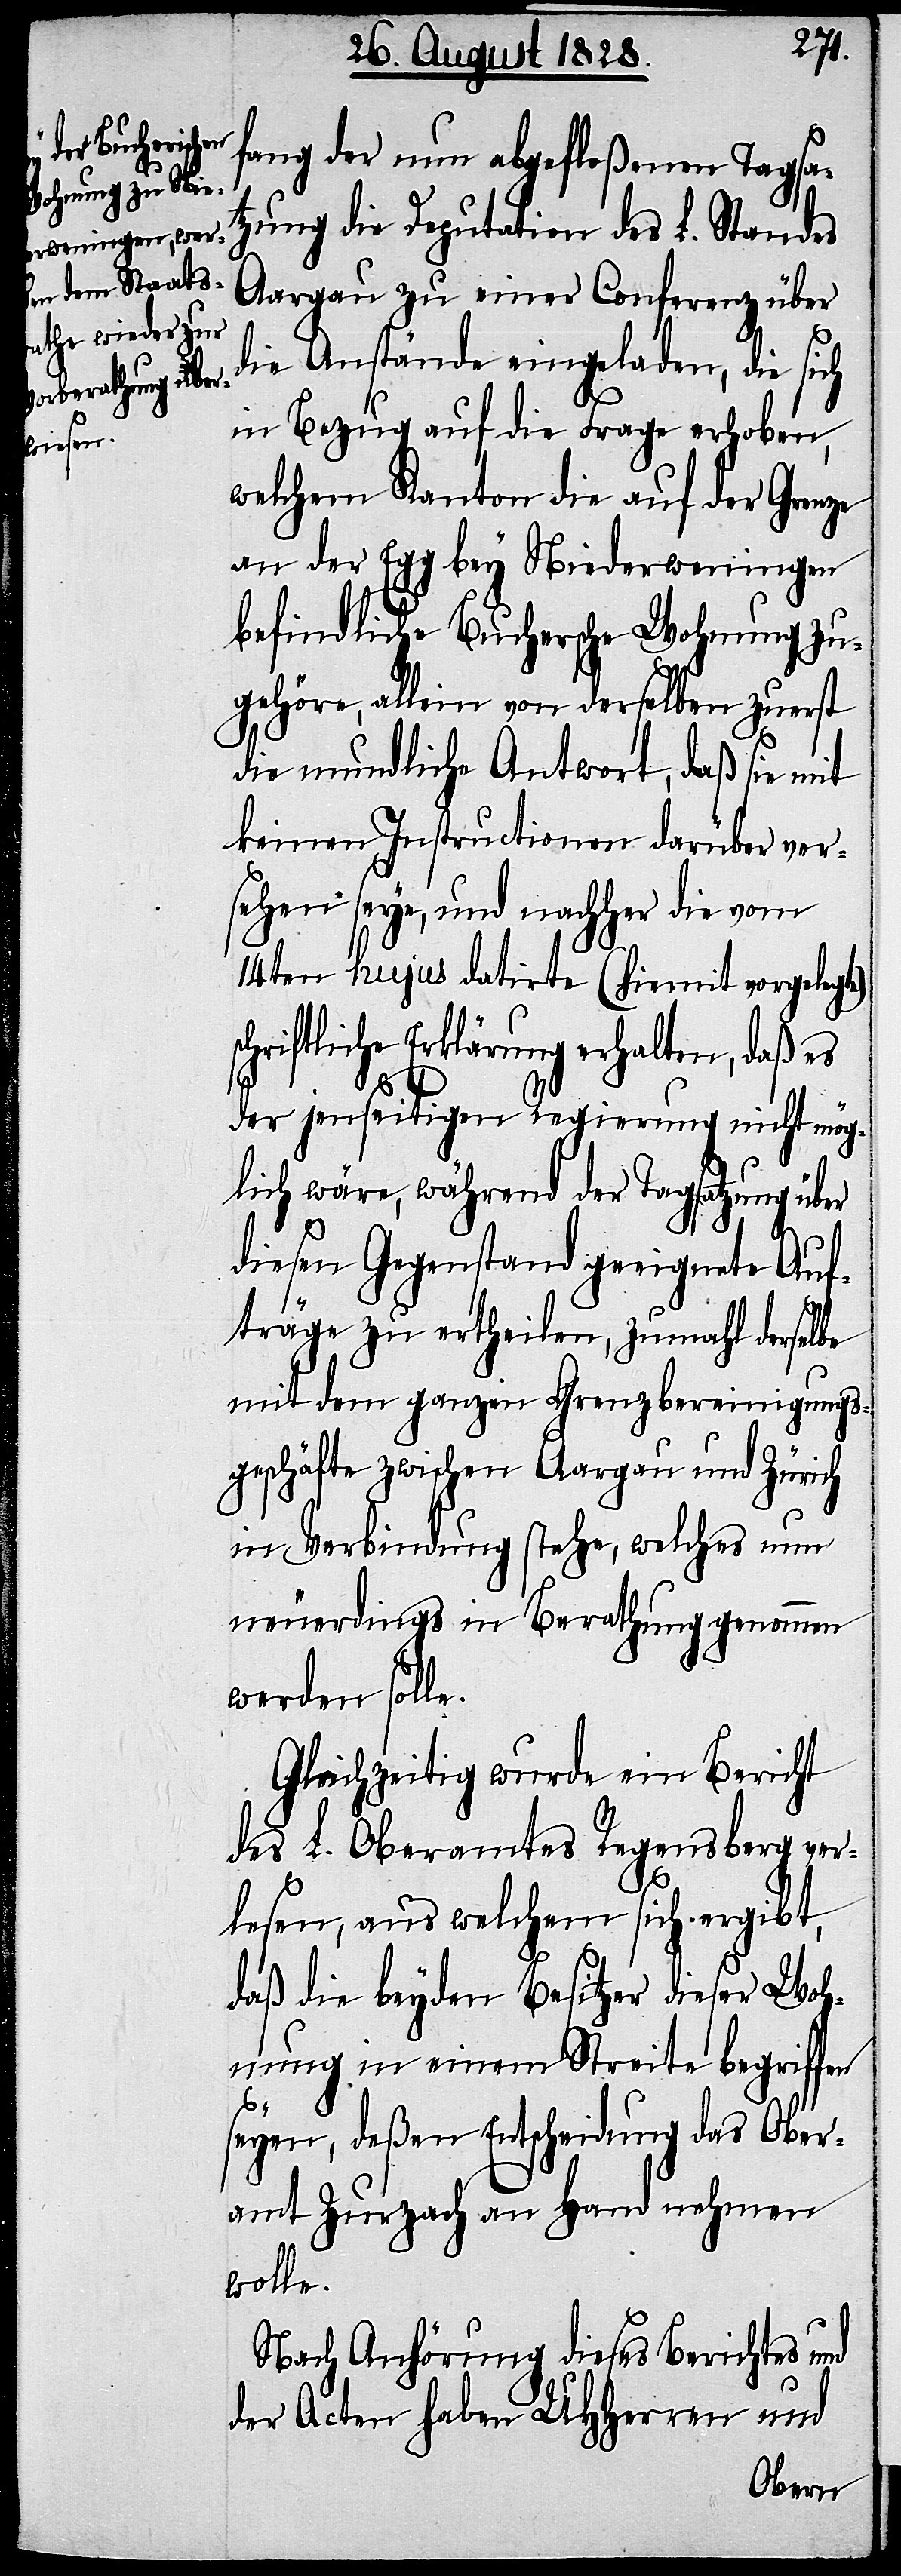
fang der nun abgefloßenen Tagsat¬
zung die Deputation des L. Standes
Aargau zu einer Conferenz über
die Anstände eingeladen, die sich
in Bezug auf die Frage erhoben,
welchem Kanton die auf der Grenze
an der Egg bey Niederweningen
befindliche Buchersche Wohnung zu¬
gehöre, allein von derselben zuerst
die mundliche Antwort, daß sie mit
keinen Instructionen darüber ver¬
sehen seye, und nachher die vom
14ten hujus datirte (hiemit vorgelegte)
schriftliche Erklärung erhalten, daß es
der jenseitigen Regierung nicht mög¬
lich wäre, während der Tagsatzung über
diesen Gegenstand geeignete Auf¬
träge zu ertheilen, zumahl derselbe
mit dem ganzen Grenzbereinigungs¬
geschäfte zwischen Aargau und Zürich
in Verbindung stehe, welches nun
neuerdings in Berathung genommen
werden solle.
Gleichzeitig wurde ein Bericht
des L. Oberamtes Regensberg ver¬
lesen, aus welchem sich ergibt,
daß die beyden Besitzer dieser Woh¬
nung in einem Streite begriffen
seyen, deßen Entscheidung das Ober¬
amt Zurzach an Hand nehmen
wolle.
Nach Anhörung dieses Berichtes und
der Acten haben UHHerren und